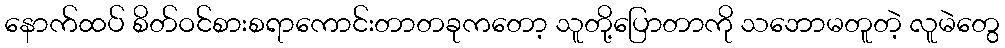
နောက်ထပ် စိတ်ဝင်စားစရာကောင်းတာတခုကတော့ သူတို့ပြောတာကို သဘောမတူတဲ့ လူမဲတွေ